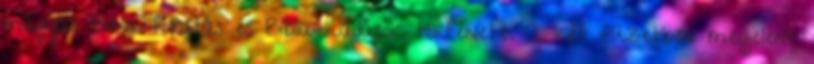
magyar Biblia-fordítás és Biblia-kiadások története. A két füzetben megjelent